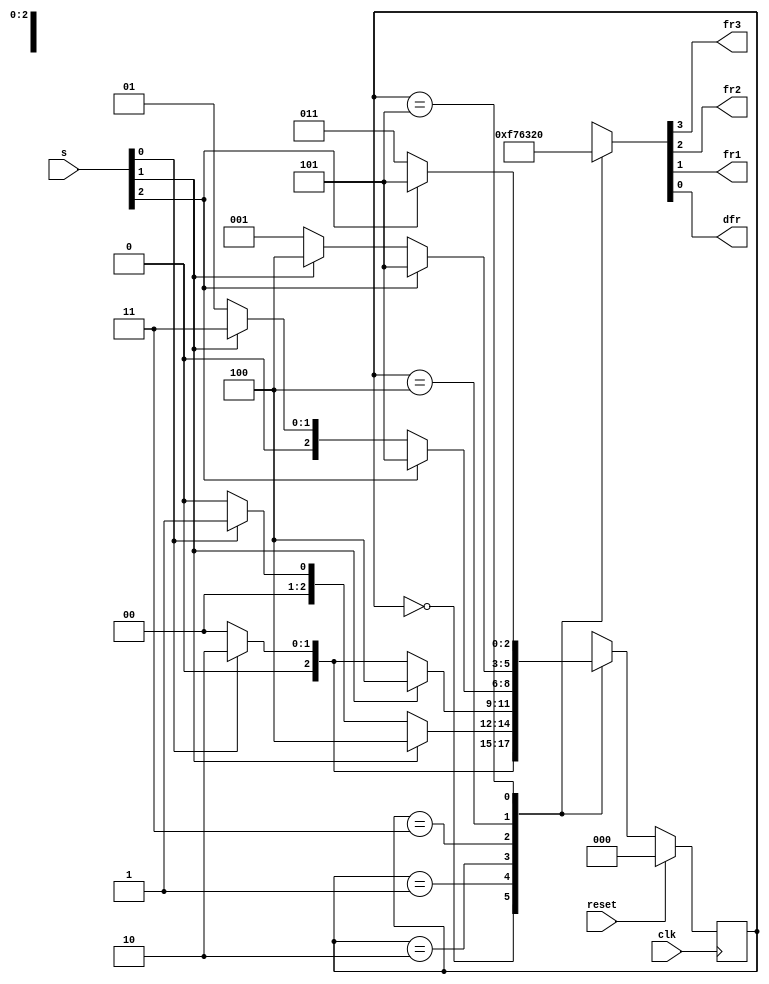
module top_module (
    input clk,
    input reset,
    input [3:1] s,
    output fr3,
    output fr2,
    output fr1,
    output dfr
); 

	localparam [2:0] A  = 3'd0,	//water level:below s1    
					 B0 = 3'd1,	//s1~s2, and previous level is higher
					 B1 = 3'd2,	//s1~s2, and previous level is lower
					 C0 = 3'd3,	//s2~s3, and previous level is higher
					 C1 = 3'd4,	//s2~s3, and previous level is lower
					 D  = 3'd5;	//above s3

	reg [2:0] state, next_state;

	always @(posedge clk) begin
		if(reset) state <= A;
		else state <= next_state;
	end

	always @(*) begin
		case(state)
			A 	:	next_state = (s[1]) ? B1 : A;
			B0 	: 	next_state = (s[2]) ? C1 : ((s[1]) ? B0 : A);
			B1	:	next_state = (s[2]) ? C1 : ((s[1]) ? B1 : A);
			C0	:	next_state = (s[3]) ? D  : ((s[2]) ? C0 : B0);
			C1	:	next_state = (s[3]) ? D  : ((s[2]) ? C1 : B0);
			D 	:	next_state = (s[3]) ? D  : C0;
			default : next_state = 3'bxxx;
		endcase
	end

	always @(*) begin
		case(state)
			A  : {fr3, fr2, fr1, dfr} = 4'b1111;
			B0 : {fr3, fr2, fr1, dfr} = 4'b0111;
			B1 : {fr3, fr2, fr1, dfr} = 4'b0110;
			C0 : {fr3, fr2, fr1, dfr} = 4'b0011;
			C1 : {fr3, fr2, fr1, dfr} = 4'b0010;
			D  : {fr3, fr2, fr1, dfr} = 4'b0000;
			default : {fr3, fr2, fr1, dfr} = 4'bxxxx;
		endcase
	end


endmodule